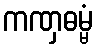
ကဏှဓမ္မံ